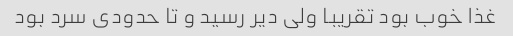
غذا خوب بود تقریبا ولی دیر رسید و تا حدودی سرد بود